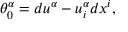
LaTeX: \theta _ { 0 } ^ { \alpha } = d u ^ { \alpha } - u _ { i } ^ { \alpha } d x ^ { i } ,